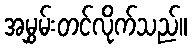
အမွှမ်းတင်လိုက်သည်။